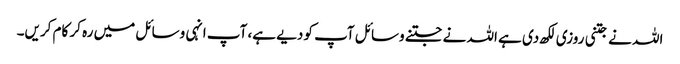
اللہ نے جتنی روزی لکھ دی ہے اللہ نے جتنے وسائل آپ کو دیے ہے، آپ انہی وسائل میں رہ کر کام کریں۔